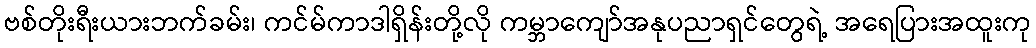
ဗစ်တိုးရီးယားဘက်ခမ်း၊ ကင်မ်ကာဒါရှိန်းတို့လို ကမ္ဘာကျော်အနုပညာရှင်တွေရဲ့ အရေပြားအထူးကု